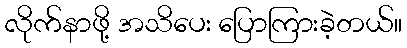
လိုက်နာဖို့ အသိပေး ပြောကြားခဲ့တယ်။